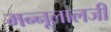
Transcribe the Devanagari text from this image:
मन्नूलालजी